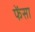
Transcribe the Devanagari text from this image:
फेंसा